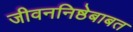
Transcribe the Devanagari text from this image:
जीवननिष्ठेबाबत